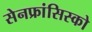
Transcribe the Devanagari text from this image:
सेनफ्रांसिस्को